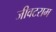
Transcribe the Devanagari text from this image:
जीवटराम